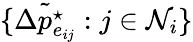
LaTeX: \{ \tilde{\Delta p_{e_{ij}}^{\star}}:j\in\mathcal{N}_{i}\}